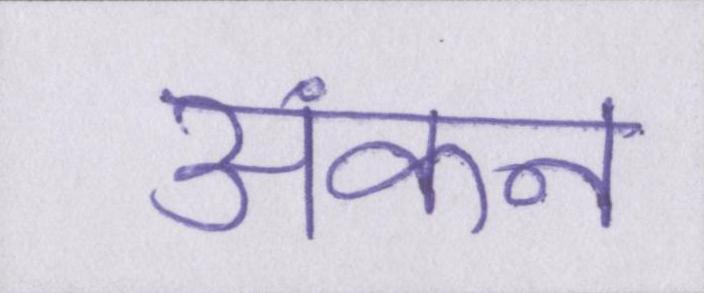
अंकन